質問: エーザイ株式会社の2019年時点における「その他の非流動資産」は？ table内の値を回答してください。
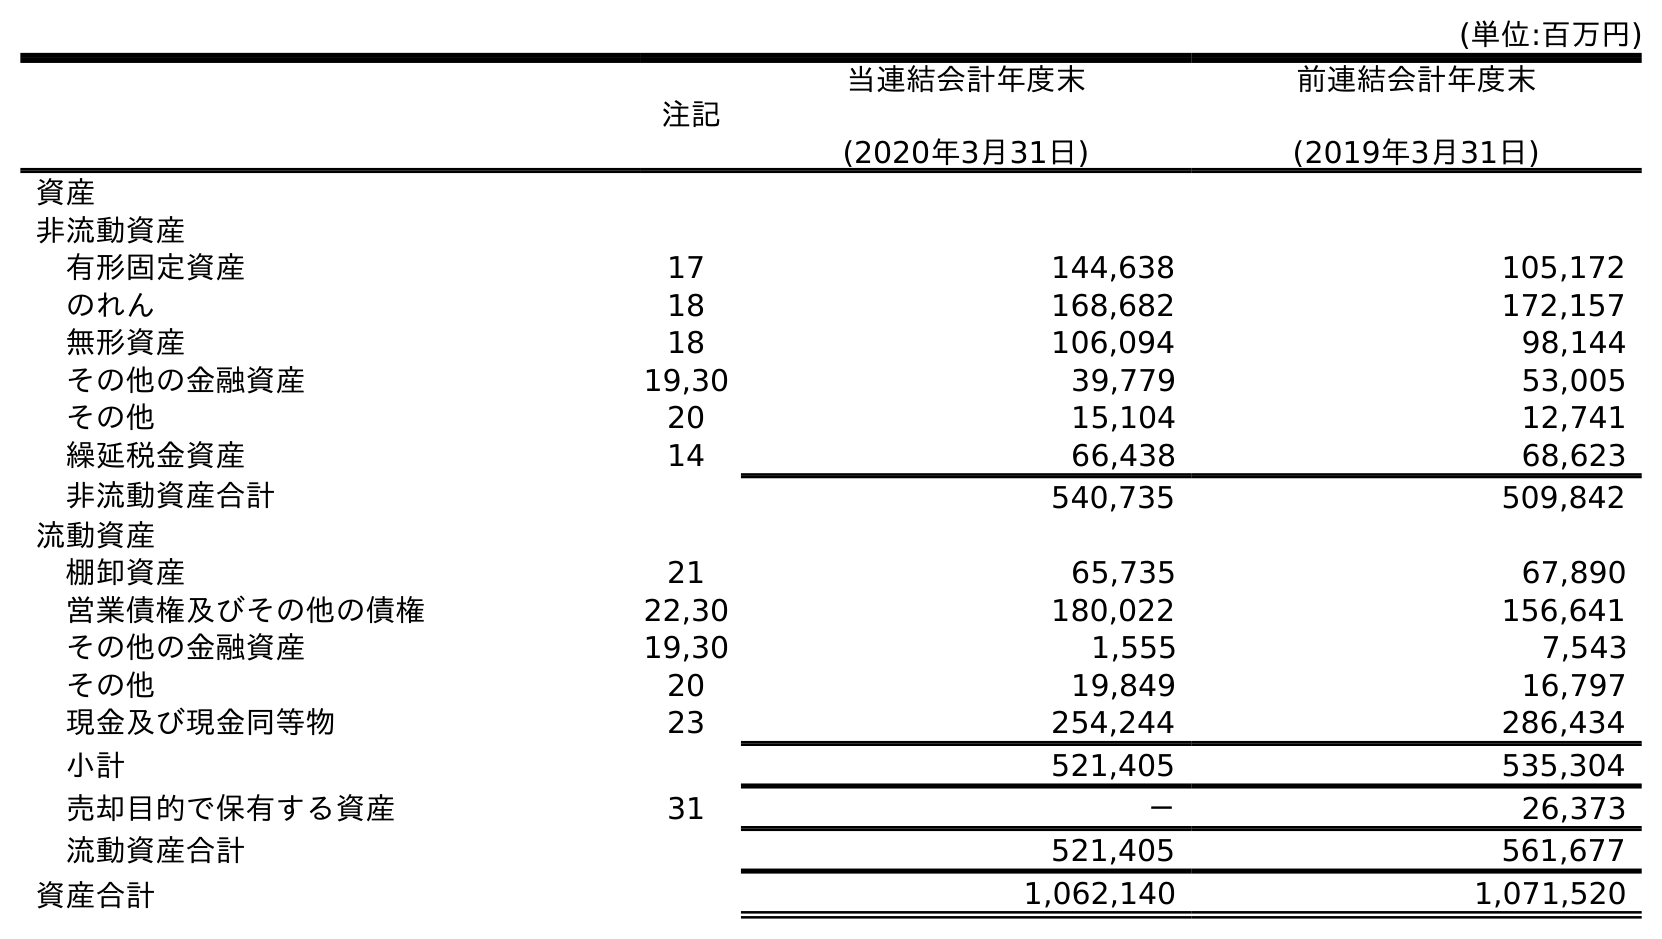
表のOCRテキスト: (単位:百万円) 注記 当連結会計年度末 (2020年3月31日) 前連結会計年度末 (2019年3月31日) 資産 非流動資産 有形固定資産 17 144,638 105,172 のれん 18 168,682 172,157 無形資産 18 106,094 98,144 その他の金融資産 19,30 39,779 53,005 その他 20 15,104 12,741 繰延税金資産 14 66,438 68,623 非流動資産合計 540,735 509,842 流動資産 棚卸資産 21 65,735 67,890 営業債権及びその他の債権 22,30 180,022 156,641 その他の金融資産 19,30 1,555 7,543 その他 20 19,849 16,797 現金及び現金同等物 23 254,244 286,434 小計 521,405 535,304 売却目的で保有する資産 31 － 26,373 流動資産合計 521,405 561,677 資産合計 1,062,140 1,071,520
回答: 12,741